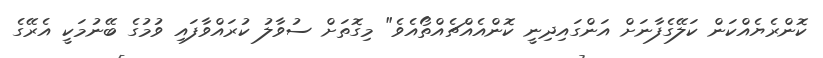
ކޮންރެޔެއްކަން ކަލޭގެފާނަށް އަންގައިދިނީ ކޮންއެއްޗެއްތޯއެވެ" މިގޮތަށް ސުވާލު ކުރައްވާފައި ވުމުގެ ބޭނުމަކީ އެރޭގެ